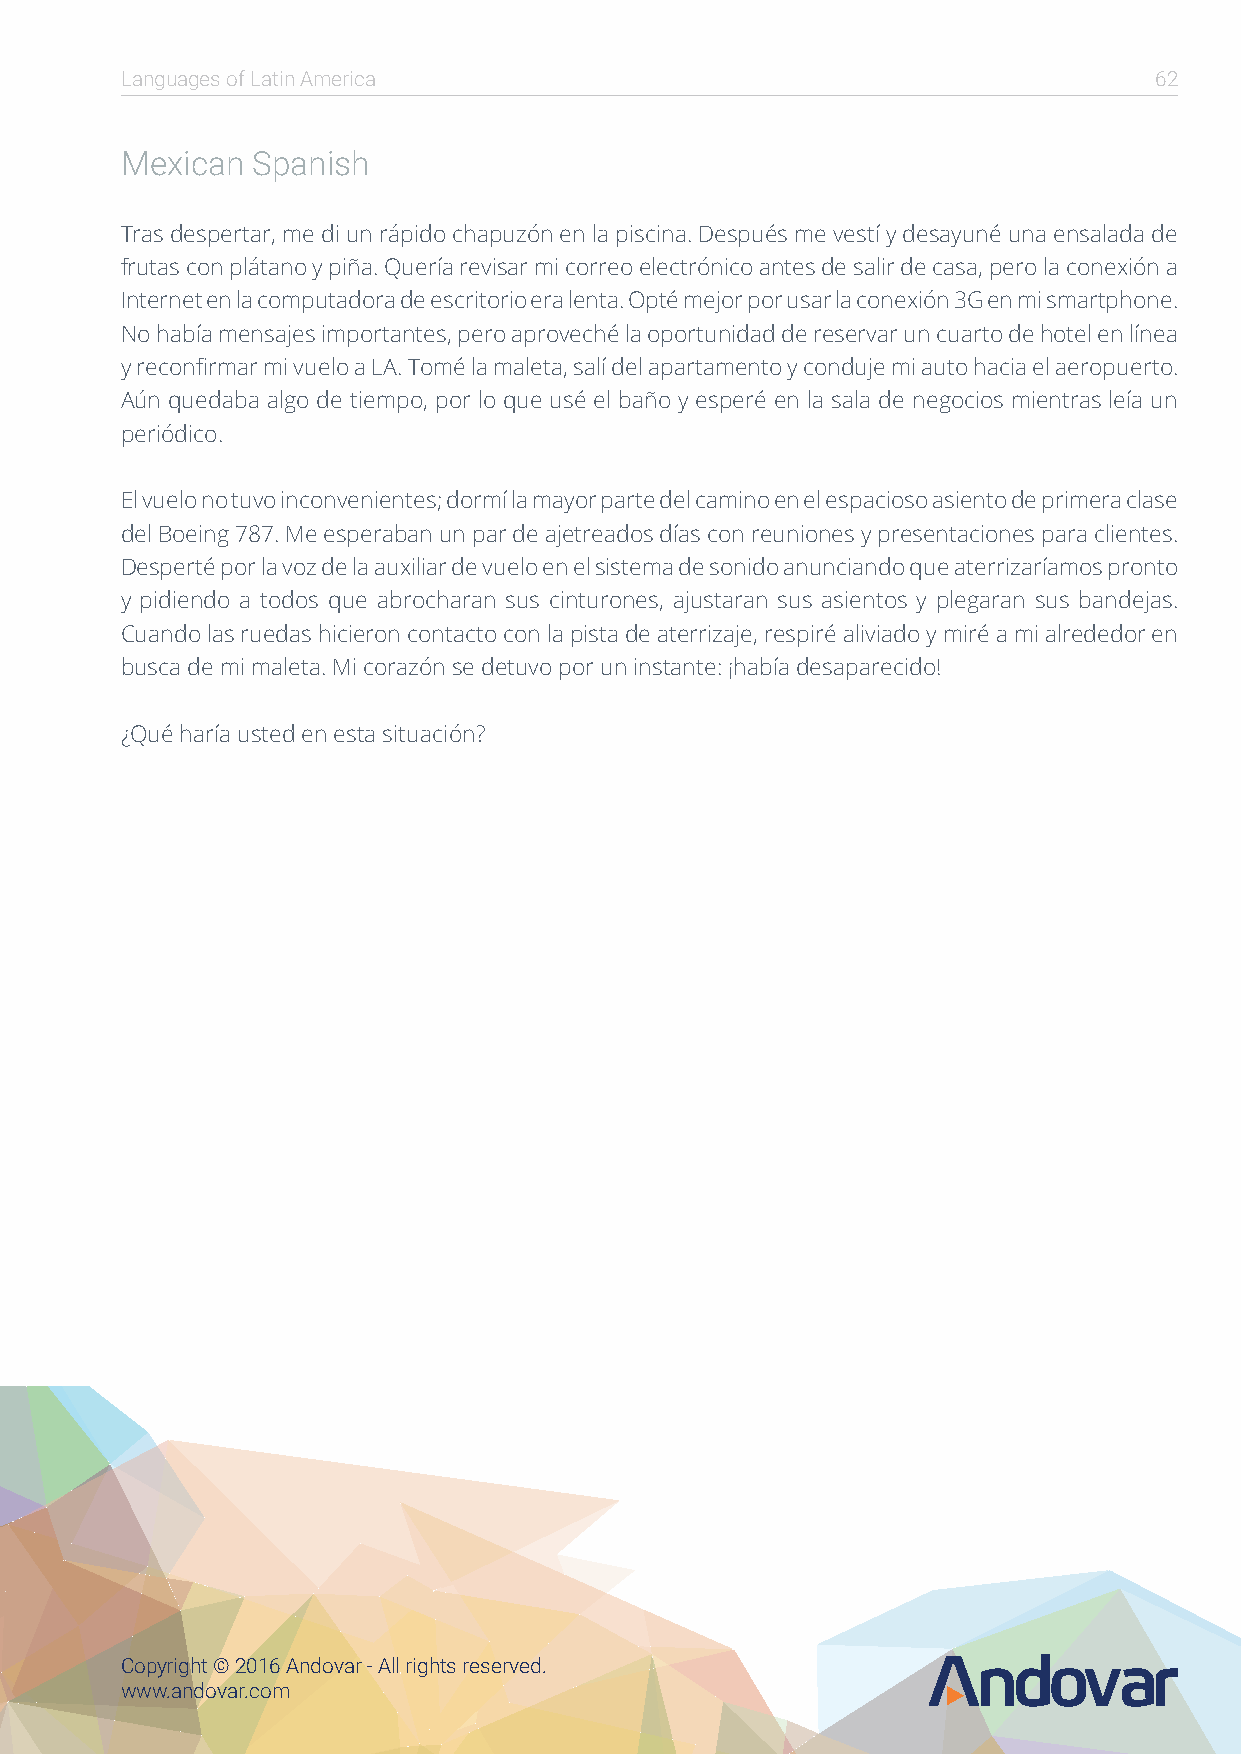
Languages of Latin America                                          62
 Mexican  Spanish
 Tras despertar, me di un rápido chapuzón en la piscina. Después me vestí y desayuné una ensalada de
 frutas con plátano y piña. Quería revisar mi correo electrónico antes de salir de casa, pero la conexión a
 Internet en la computadora de escritorio era lenta. Opté mejor por usar la conexión 3G en mi smartphone.
 No había mensajes importantes, pero aproveché la oportunidad de reservar un cuarto de hotel en línea
 y reconfirmar mi vuelo a LA. Tomé la maleta, salí del apartamento y conduje mi auto hacia el aeropuerto.
 Aún quedaba algo de tiempo, por lo que usé el baño y esperé en la sala de negocios mientras leía un
 periódico.
 El vuelo no tuvo inconvenientes; dormí la mayor parte del camino en el espacioso asiento de primera clase
 del Boeing 787. Me esperaban un par de ajetreados días con reuniones y presentaciones para clientes.
 Desperté por la voz de la auxiliar de vuelo en el sistema de sonido anunciando que aterrizaríamos pronto
 y pidiendo a todos que abrocharan sus cinturones, ajustaran sus asientos y plegaran sus bandejas.
 Cuando las ruedas hicieron contacto con la pista de aterrizaje, respiré aliviado y miré a mi alrededor en
 busca de mi maleta. Mi corazón se detuvo por un instante: ¡había desaparecido!
 ¿Qué haría usted en esta situación?
 Copyright © 2016 Andovar - All rights reserved.
 www.andovar.com